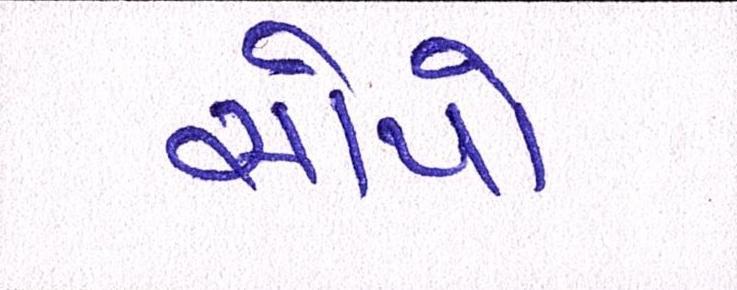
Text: સોપો